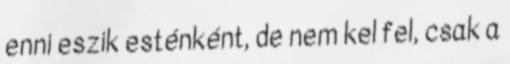
enni eszik esténként, de nem kel fel, csak a